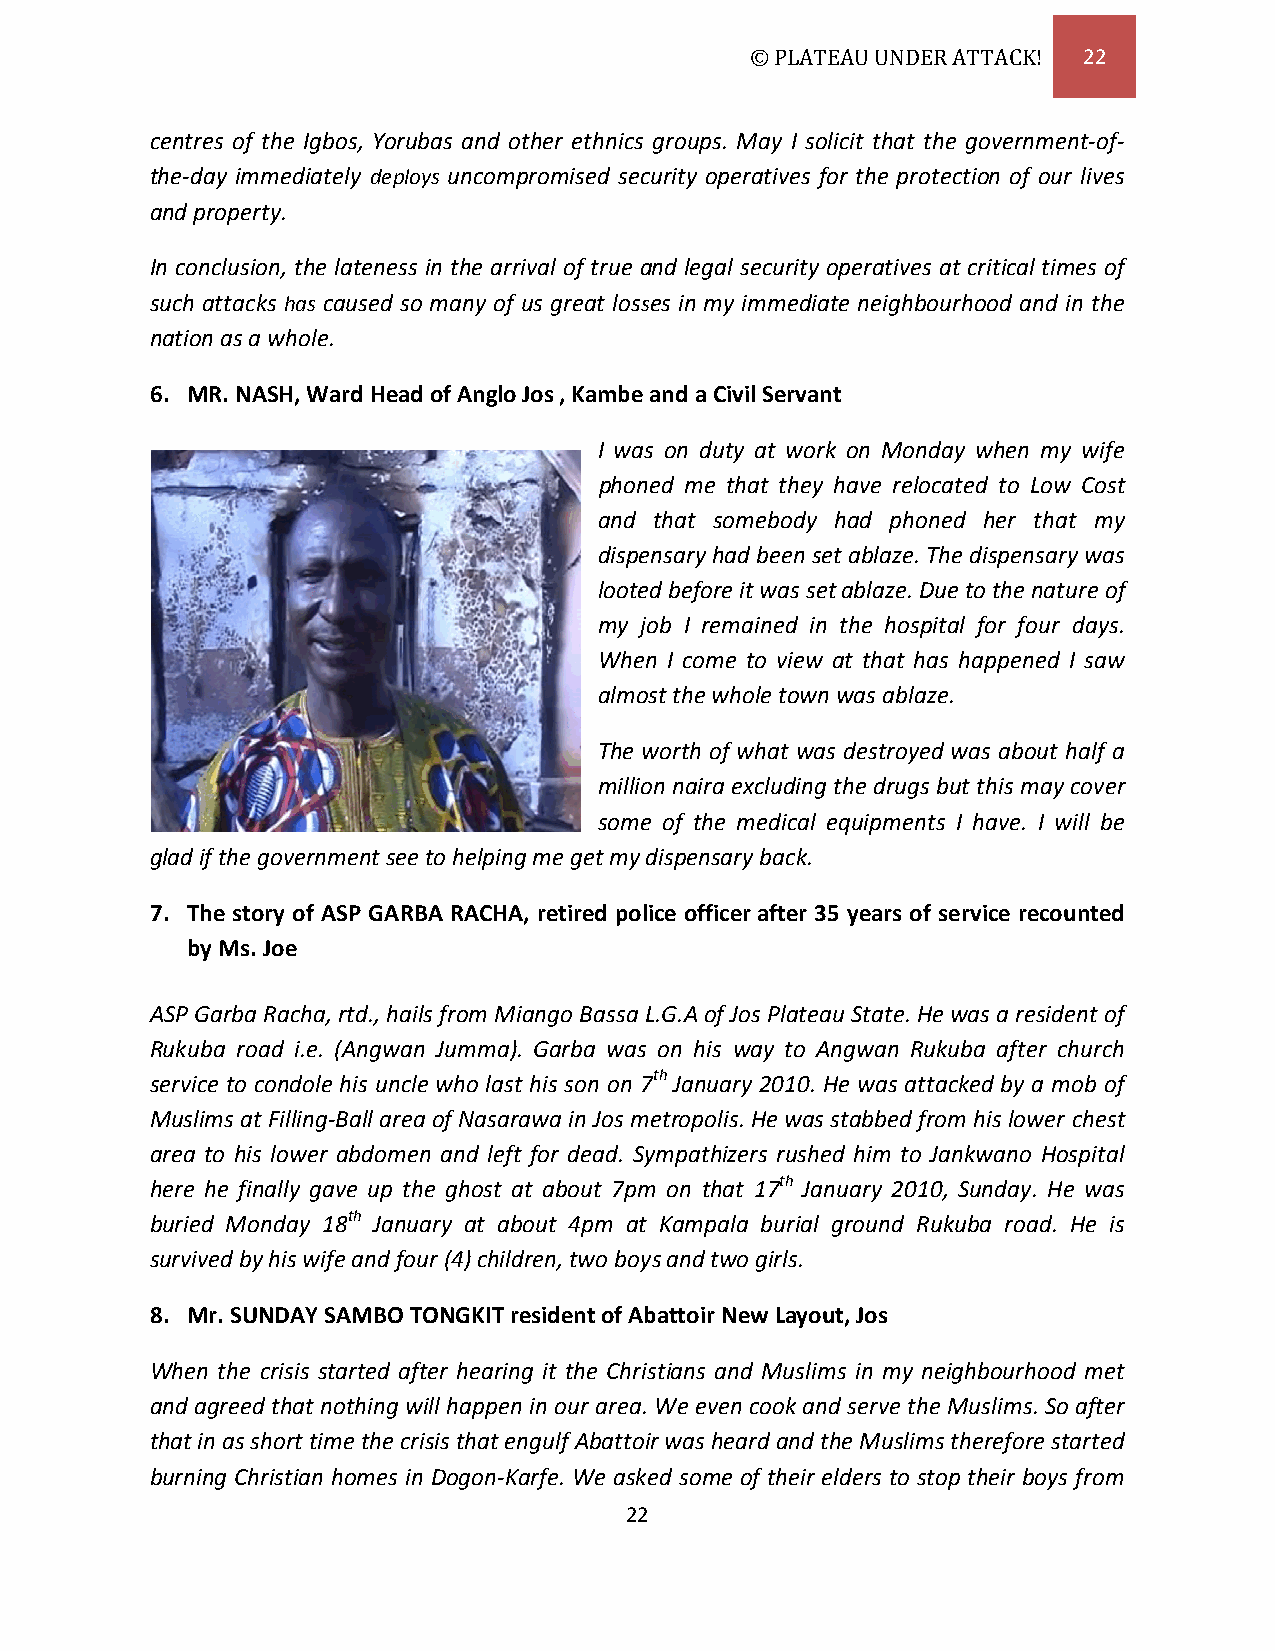
© PLATEAU UNDER ATTACK! 22
 centres of the Igbos, Yorubas and other ethnics groups. May I solicit that the government-of-
 the-day immediately deploys uncompromised security operatives for the protection of our lives
 and property.
 In conclusion, the lateness in the arrival of true and legal security operatives at critical times of
 such attacks has caused so many of us great losses in my immediate neighbourhood and in the
 nation as a whole.
 6. MR. NASH, Ward Head of Anglo Jos , Kambe and a Civil Servant
 I was on duty at work on Monday when my wife
 phoned me that they have relocated to Low Cost
 and that somebody had phoned her that my
 dispensary had been set ablaze. The dispensary was
 looted before it was set ablaze. Due to the nature of
 my job I remained in the hospital for four days.
 When I come to view at that has happened I saw
 almost the whole town was ablaze.
 The worth of what was destroyed was about half a
 million naira excluding the drugs but this may cover
 some of the medical equipments I have. I will be
 glad if the government see to helping me get my dispensary back.
 7. The story of ASP GARBA RACHA, retired police officer after 35 years of service recounted
 by Ms. Joe
 ASP Garba Racha, rtd., hails from Miango Bassa L.G.A of Jos Plateau State. He was a resident of
 Rukuba road i.e. (Angwan Jumma). Garba was on his way to Angwan Rukuba after church
 service to condole his uncle who last his son on 7th January 2010. He was attacked by a mob of
 Muslims at Filling-Ball area of Nasarawa in Jos metropolis. He was stabbed from his lower chest
 area to his lower abdomen and left for dead. Sympathizers rushed him to Jankwano Hospital
 here he finally gave up the ghost at about 7pm on that 17th January 2010, Sunday. He was
 buried Monday 18th January at about 4pm at Kampala burial ground Rukuba road. He is
 survived by his wife and four (4) children, two boys and two girls.
 8. Mr. SUNDAY SAMBO TONGKIT resident of Abattoir New Layout, Jos
 When the crisis started after hearing it the Christians and Muslims in my neighbourhood met
 and agreed that nothing will happen in our area. We even cook and serve the Muslims. So after
 that in as short time the crisis that engulf Abattoir was heard and the Muslims therefore started
 burning Christian homes in Dogon-Karfe. We asked some of their elders to stop their boys from
 22